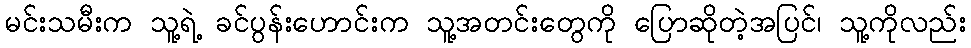
မင်းသမီးက သူ့ရဲ့ ခင်ပွန်းဟောင်းက သူ့အတင်းတွေကို ပြောဆိုတဲ့အပြင်၊ သူ့ကိုလည်း